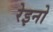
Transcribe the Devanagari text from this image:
रेइनो